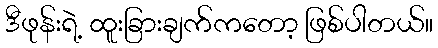
ဒီဖုန်းရဲ့ ထူးခြားချက်ကတော့ ဖြစ်ပါတယ်။